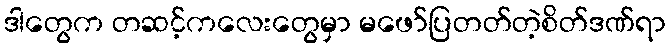
ဒါတွေက တဆင့်ကလေးတွေမှာ မဖော်ပြတတ်တဲ့စိတ်ဒဏ်ရာ